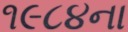
૧૯૮૪ના